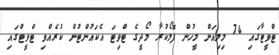
ޓްވީޓާގައި 74 މިލިއަން މީހުން ފޮލޯކުރާ މޯދީގެ ޓްވިޓަ އެކައުންޓުން ކުރެއްވި ޓްވީޓްގައި